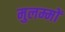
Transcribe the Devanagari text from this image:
मुलम्मों